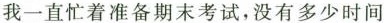
我一直忙着准备期末考试,没有多少时间